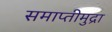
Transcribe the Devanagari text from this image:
समाप्तीमुद्रा